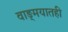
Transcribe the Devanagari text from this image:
वाङ्‌मयातही